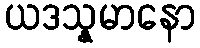
ယဒသ္နမာနော